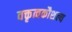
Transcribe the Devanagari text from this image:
वक्तृत्वकौशल्य